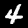
Digit: 4